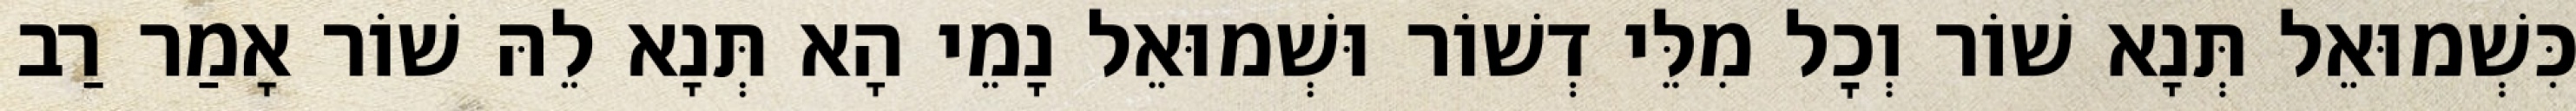
כִּשְׁמוּאֵל תְּנָא שׁוֹר וְכׇל מִלֵּי דְשׁוֹר וּשְׁמוּאֵל נָמֵי הָא תְּנָא לֵהּ שׁוֹר אָמַר רַב